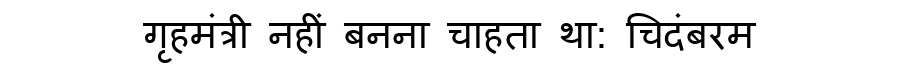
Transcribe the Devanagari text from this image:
गृहमंत्री नहीं बनना चाहता था: चिदंबरम